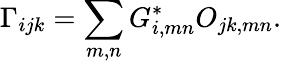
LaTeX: \Gamma_{ijk}=\sum_{m,n}G_{i,mn}^{*}O_{jk,mn}.